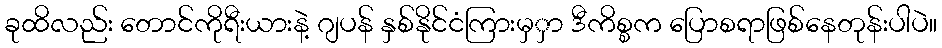
ခုထိလည်း တောင်ကိုရီးယားနဲ့ ဂျပန် နှစ်နိုင်ငံကြားမှှာ ဒီကိစ္စက ပြောစရာဖြစ်နေတုန်းပါပဲ။